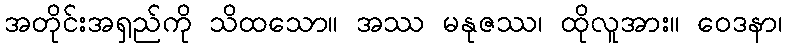
အတိုင်းအရှည်ကို သိထသော။ အဿ မနုဇဿ၊ ထိုလူအား။ ဝေဒနာ၊